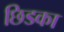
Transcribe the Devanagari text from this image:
छिडका